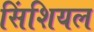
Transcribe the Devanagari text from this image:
सिंशियल